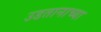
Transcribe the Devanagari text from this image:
उडतानाच्या